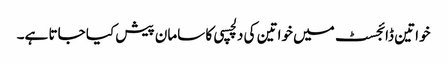
خواتین ڈائجسٹ میں خواتین کی دلچسپی کا سامان پیش کیا جاتا ہے۔